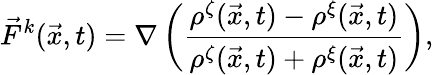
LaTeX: \vec{F}^{k}(\vec{x},t)=\nabla\left(\frac{\rho^{\zeta}(\vec{x},t)-\rho^{\xi}(\vec{x},t)}{\rho^{\zeta}(\vec{x},t)+\rho^{\xi}(\vec{x},t)}\right),